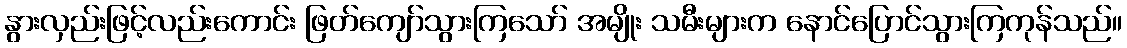
နွားလှည်းဖြင့်လည်းကောင်း ဖြတ်ကျော်သွားကြသော် အမျိုး သမီးများက နောင်ပြောင်သွားကြကုန်သည်။